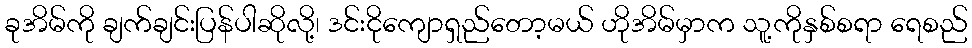
ခုအိမ်ကို ချက်ချင်းပြန်ပါဆိုလို့၊ ဒင်းငိုကျောရှည်တော့မယ် ဟိုအိမ်မှာက သူ့ကိုနှစ်စရာ ရေစည်